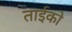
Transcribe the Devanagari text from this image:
ताईको